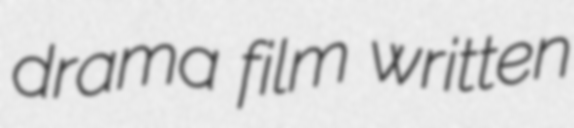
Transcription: drama film written